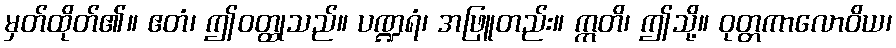
မှတ်ထိုတ်၏။ ဧတံ၊ ဤဝတ္ထုသည်။ ပဏ္ဍရံ၊ အဖြူတည်း။ ဣတိ၊ ဤသို့။ ဝုတ္တကာလောဝိယ၊